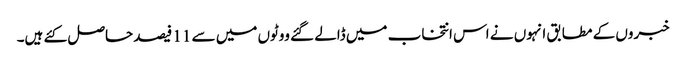
خبروں کے مطابق انہوں نے اس انتخاب میں ڈالے گئے ووٹوں میں سے 11 فیصد حاصل کئے ہیں۔